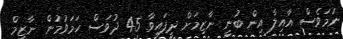
ނަމަވެސް އާއިލާ އިން ބުނީ ނާޒިމަށް ދީފައިވާ 45 ދުވަސް ހަމަވުމުން ނާޒިމް